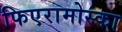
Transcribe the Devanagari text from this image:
फिएरामोस्का